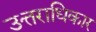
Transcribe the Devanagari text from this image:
उत्तराधिकार